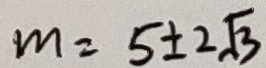
m = 5 \pm 2 \sqrt { 3 }